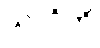
သာဂိကို